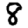
Digit: 8